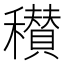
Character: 𥣪